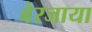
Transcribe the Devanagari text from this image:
बेरजाया